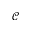
\mathcal { C }